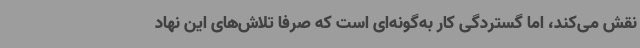
نقش می‌کند، اما گستردگی کار به‌گونه‌ای است که صرفاً تلاش‌های این نهاد